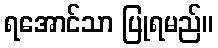
ရအောင်သာ ပြုရမည်။